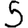
Digit: 5